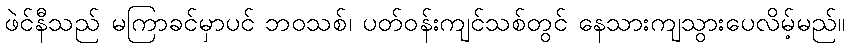
ဖဲင်နီသည် မကြာခင်မှာပင် ဘဝသစ်၊ ပတ်ဝန်းကျင်သစ်တွင် နေသားကျသွားပေလိမ့်မည်။